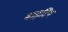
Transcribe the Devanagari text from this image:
बाइटिंग